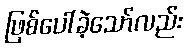
ဖြစ်ပေါ်ခဲ့သော်လည်း